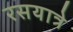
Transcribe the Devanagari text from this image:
रसयात्रे